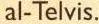
al-Telvis.